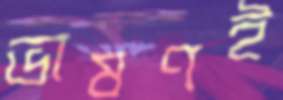
ভাষণই